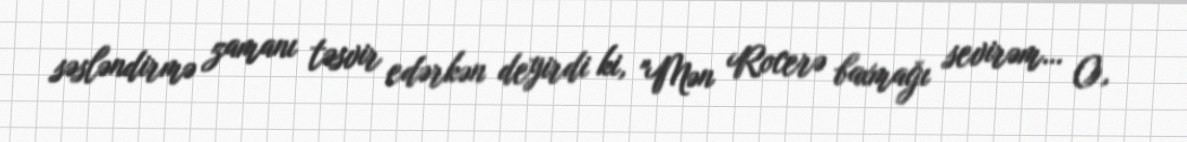
səsləndirmə zamanı təsvir edərkən deyirdi ki, "Mən Rocerə baxmağı sevirəm… O,